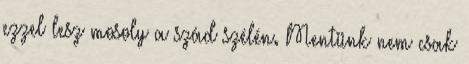
ezzel lesz mosoly a szád szélén. Mentünk nem csak